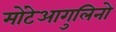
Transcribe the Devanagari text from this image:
मोंटेआगुलिनो